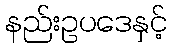
နည်းဥပဒေနှင့်